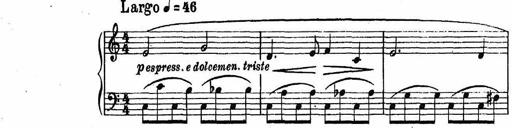
Title: Sonatina a due voci
Composer: Enzo Masetti